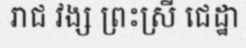
រាជ វង្ស ព្រះស្រី ជេដ្ឋា